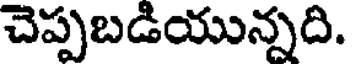
చెప్పబడియున్నది.